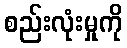
စည်းလုံးမှုကို